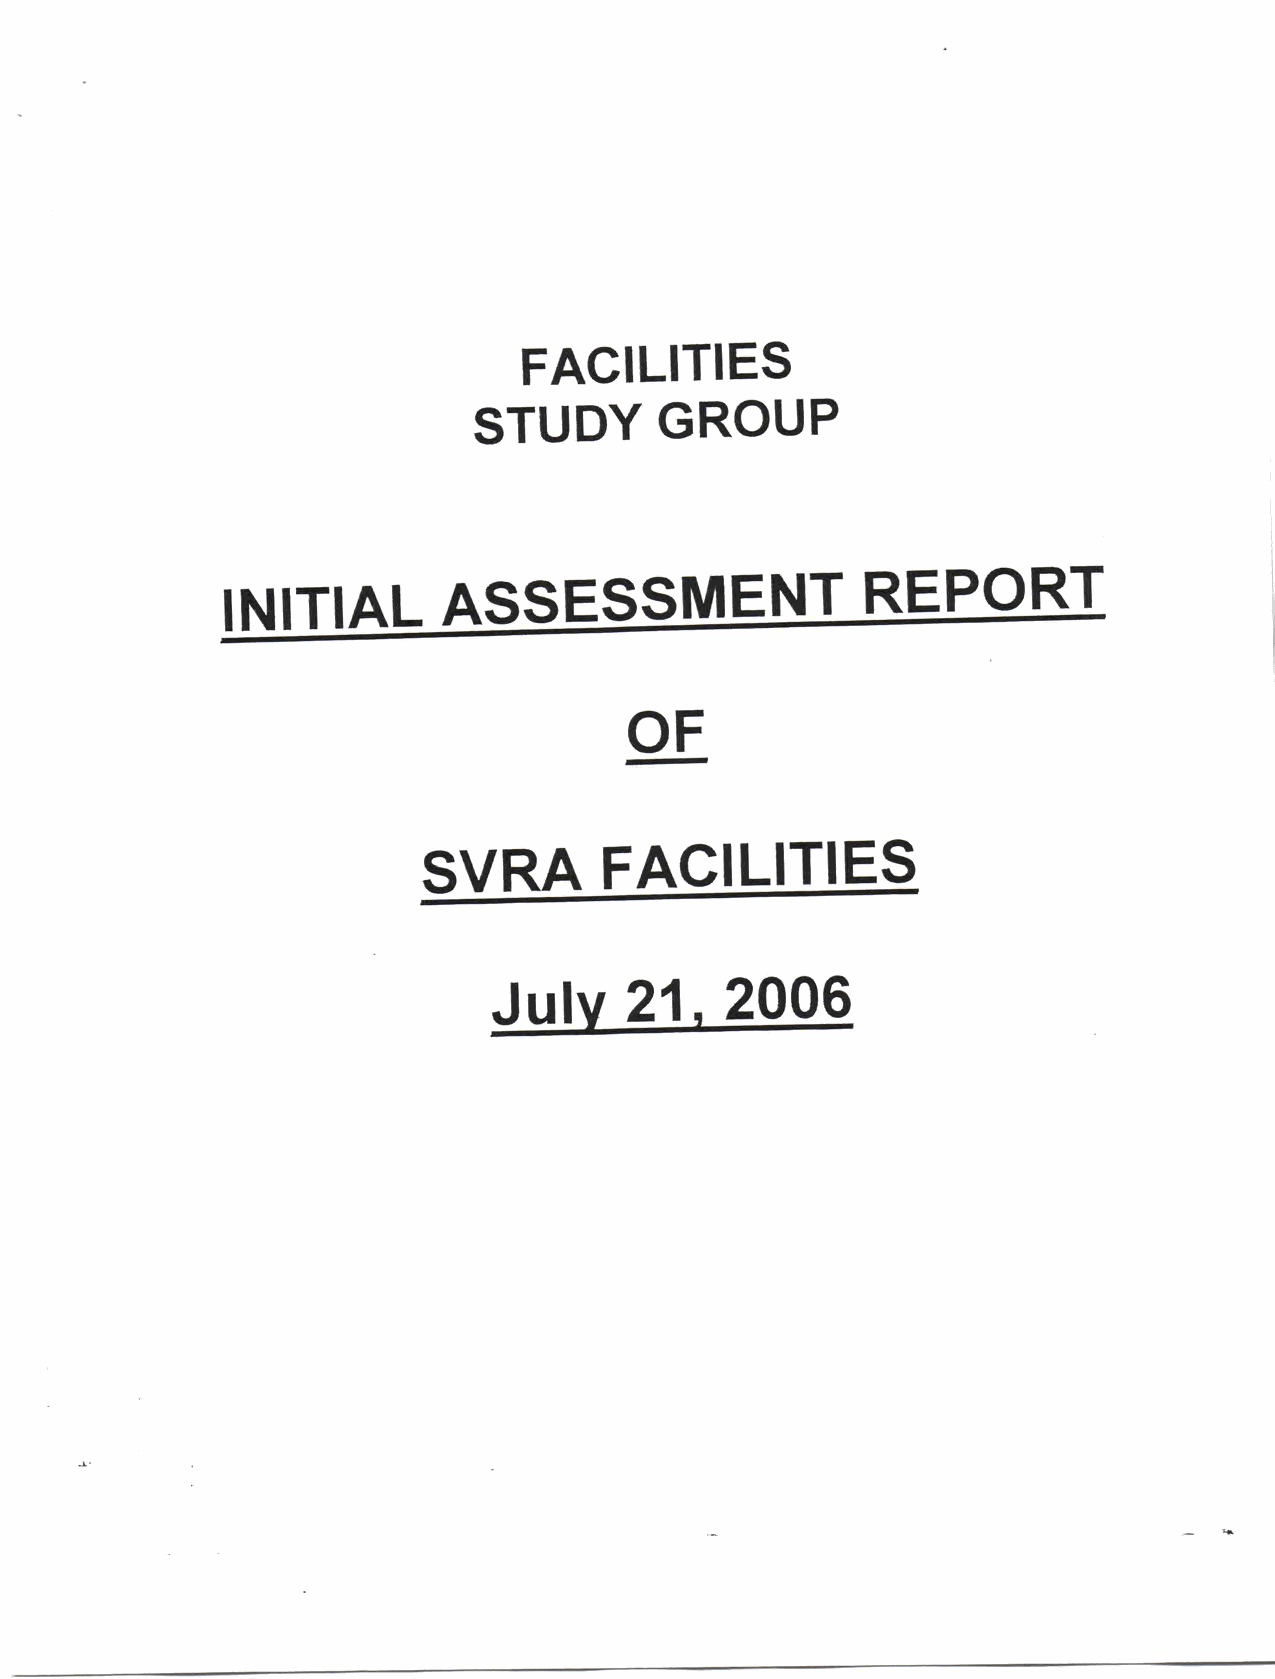
FACILITIES
 STUDY        GROUP
 REPORT
 ASSESSMENT
 INITIAL
 OF
 SVRA        FACILITIES
 July     21    2006